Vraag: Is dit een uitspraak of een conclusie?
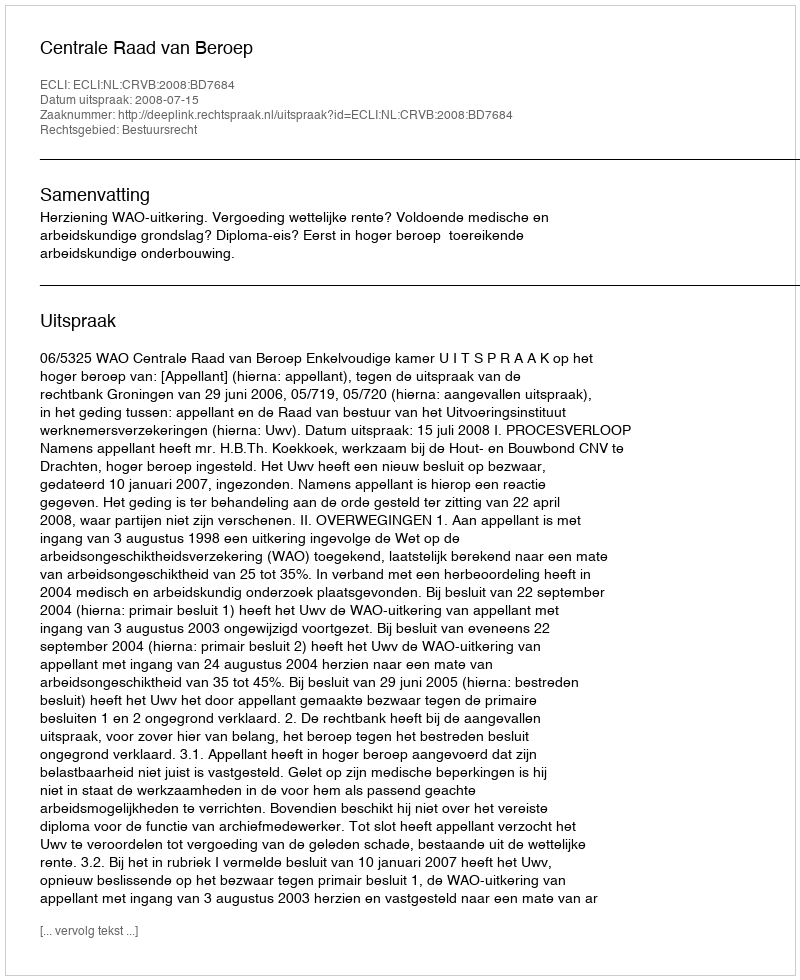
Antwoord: Uitspraak